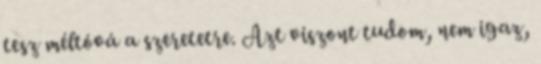
tesz méltóvá a szeretetre. Azt viszont tudom, nem igaz,